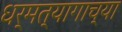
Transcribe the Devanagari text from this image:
धर्मत्यागाच्या